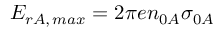
E _ { r A , \, m a x } = 2 \pi e n _ { 0 A } \sigma _ { 0 A }